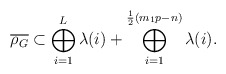
\begin{align*}\overline{\rho_G} \subset \bigoplus_{i=1}^L \lambda(i) + \bigoplus_{i=1}^{\frac{1}{2}(m_1p-n)} \lambda(i).\end{align*}